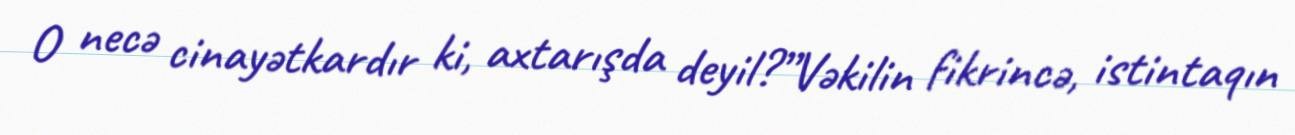
O necə cinayətkardır ki, axtarışda deyil?”Vəkilin fikrincə, istintaqın